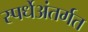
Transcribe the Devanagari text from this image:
स्पर्धेअंतर्गत